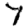
Digit: 7